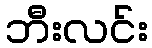
ဘီးလင်း